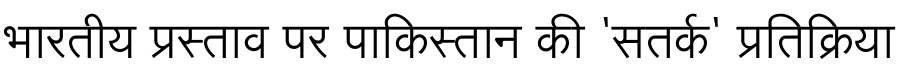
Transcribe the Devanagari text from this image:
भारतीय प्रस्ताव पर पाकिस्तान की 'सतर्क' प्रतिक्रिया